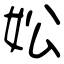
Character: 妐